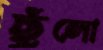
ছুঁলো